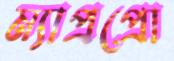
ম্যাপ্রপ্রো